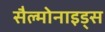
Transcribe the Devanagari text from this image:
सैल्मोनाइड्स